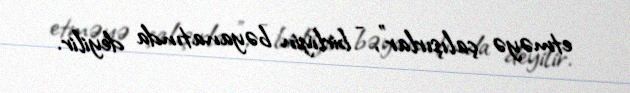
etməyə çalışırlar”, - birliyin bəyanatında deyilir.